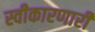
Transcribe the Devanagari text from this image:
स्वीकारणारी